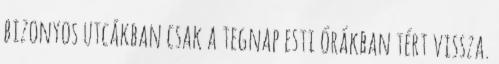
bizonyos utcákban csak a tegnap esti órákban tért vissza.